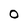
Character: O